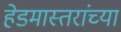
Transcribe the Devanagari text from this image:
हेडमास्तरांच्या